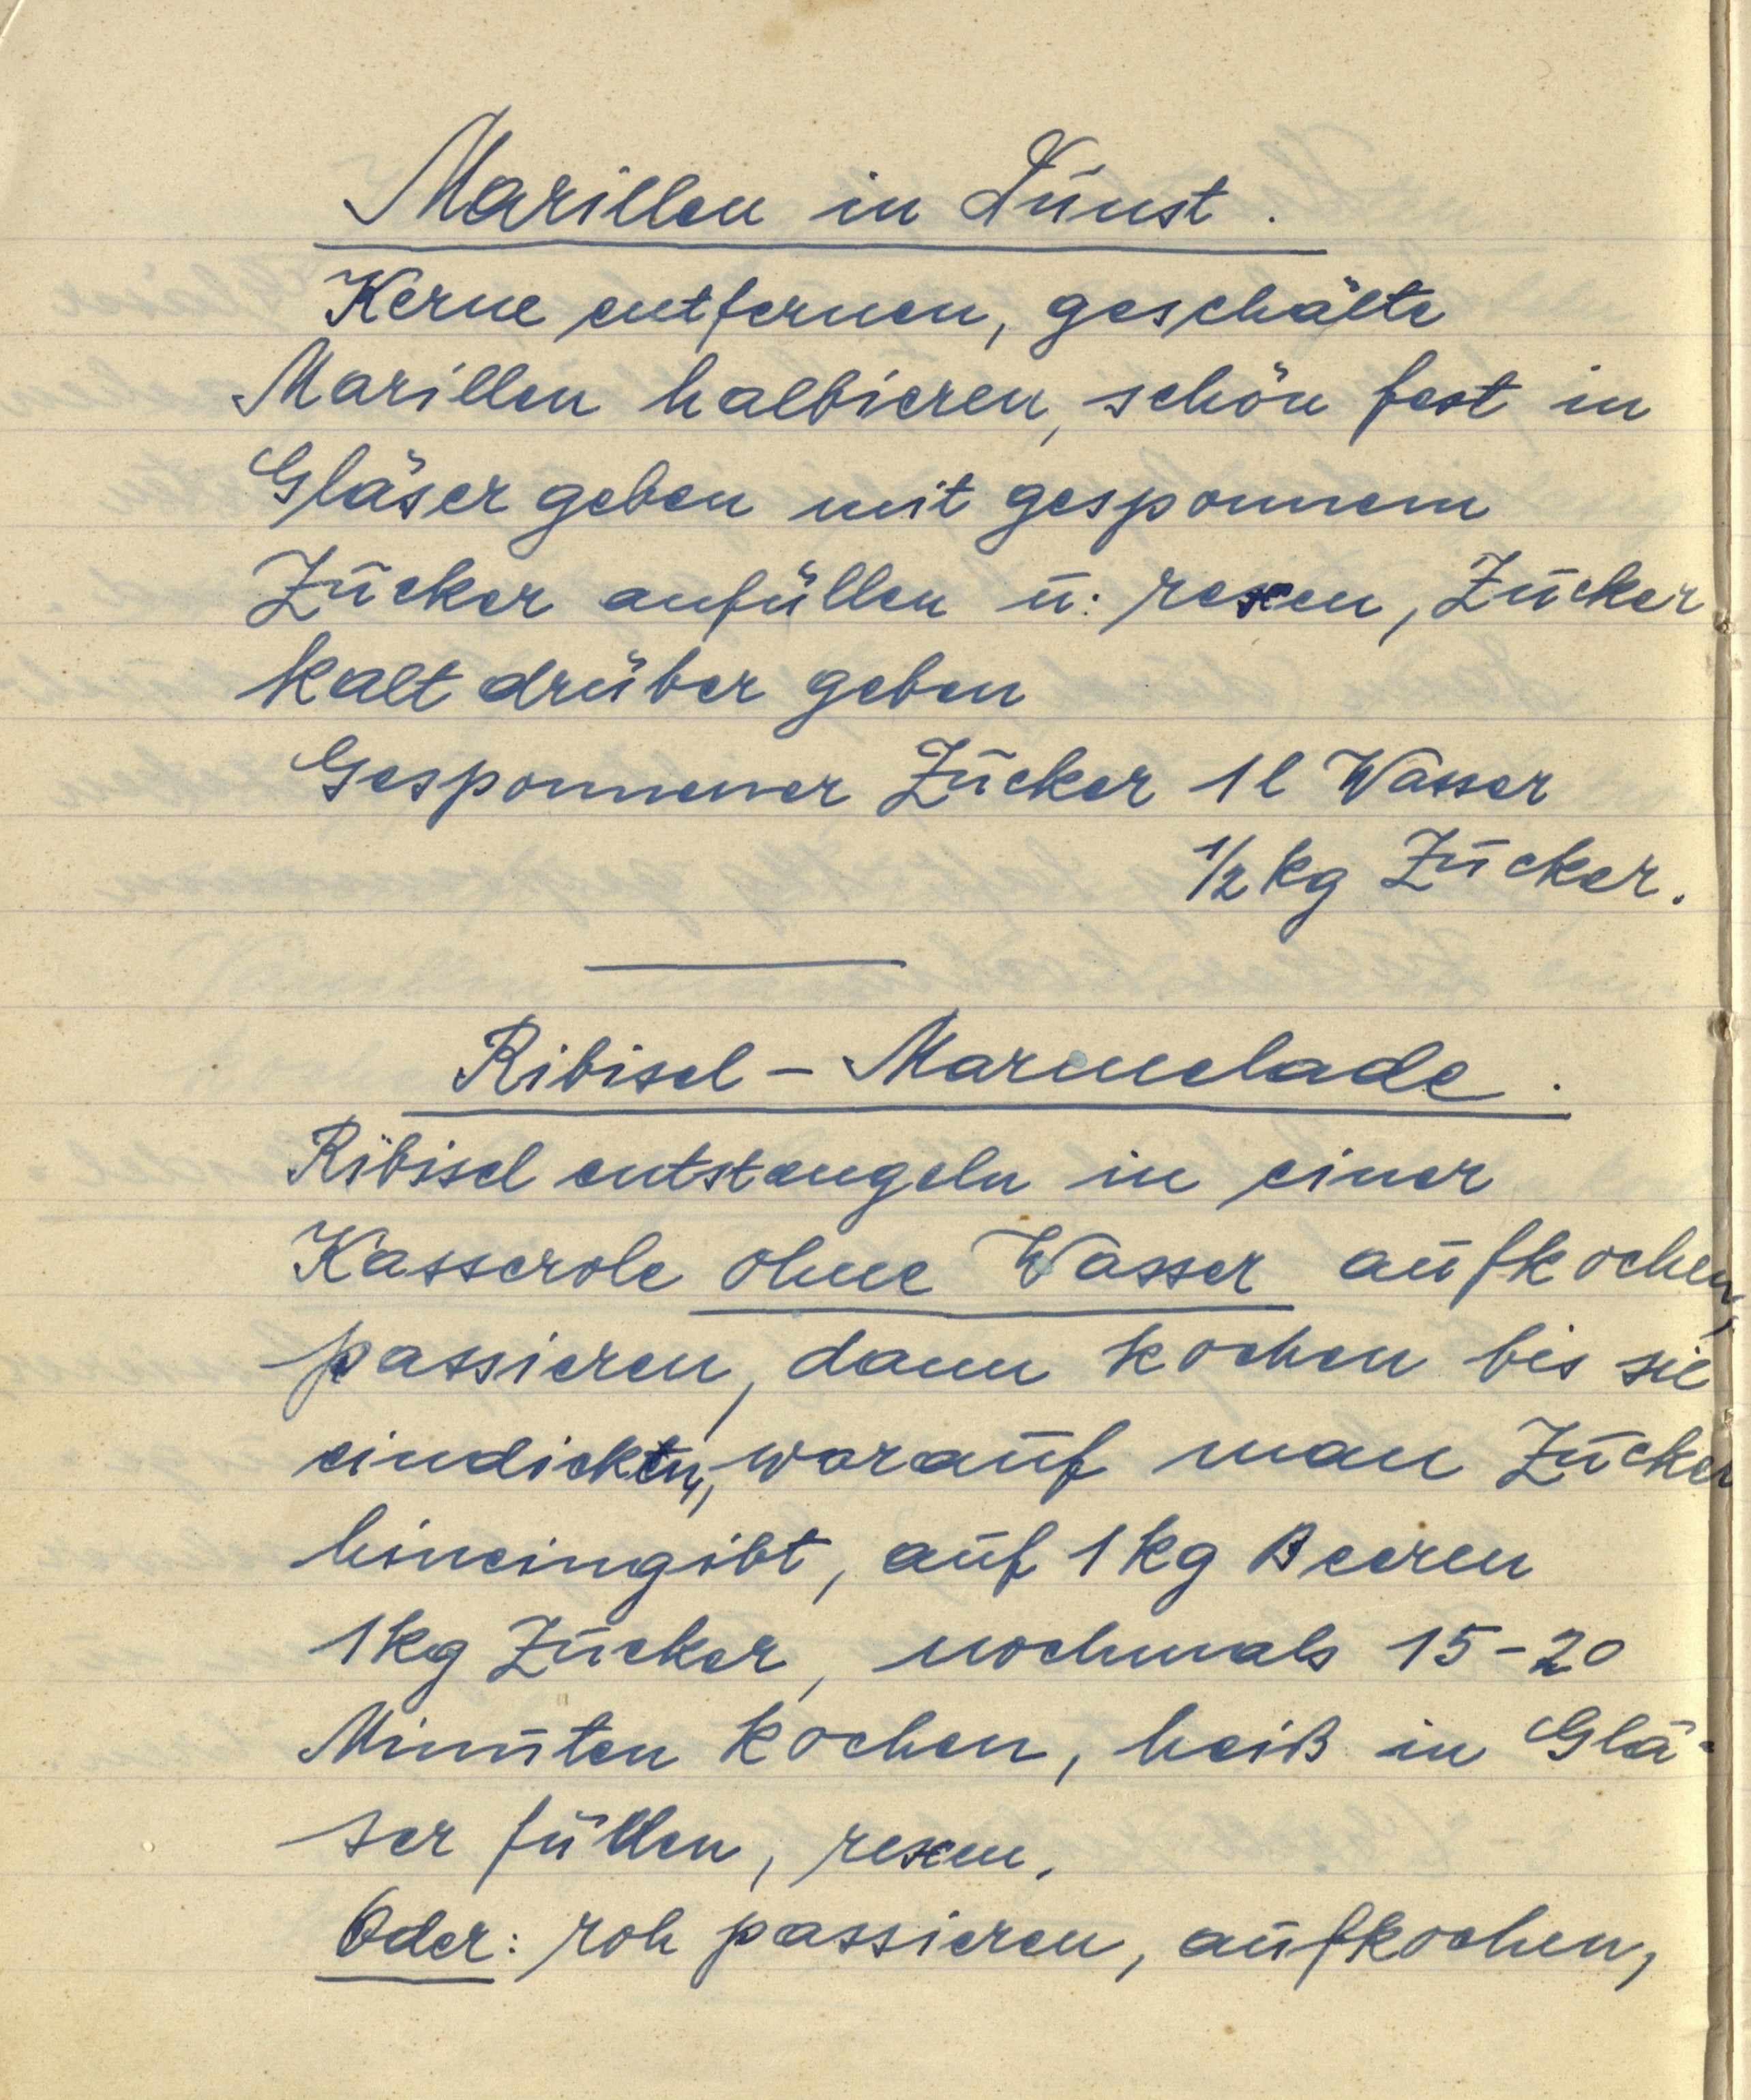
Marillen in Dunst.
Kerne entfernen, geschälte
Marillen halbieren, schön fest in
Gläser geben mit gesponnem
Zucker anfüllen u. rexen, Zucker
kalt drüber geben
Gesponnener Zucker 1 l Wasser
½ kg Zucker.

Ribisel — Marmelade.
Ribisel entstengeln in einer
Kasserole ohne Wasser aufkochen,
passieren, dann kochen bis sie
eindicken, worauf man Zucker
hineingibt, auf 1 kg Beeren
1 kg Zucker, nochmals 15-20
Minuten kochen, heiß in Glä¬
ser füllen, rexen.
Oder: roh passieren, aufkochen,